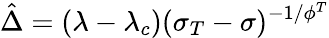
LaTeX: \hat{\Delta}=(\lambda-\lambda_{c})(\sigma_{T}-\sigma)^{-1/\phi^{T}}